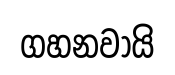
ගහනවායි